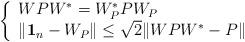
LaTeX: \begin{align*}\left\{\begin{array}{l}WPW^\ast=W_P^\ast P W_P\\\|\mathbf{1}_n-W_P\|\leq \sqrt{2}\|WPW^\ast-P\|\end{array}\right.\end{align*}